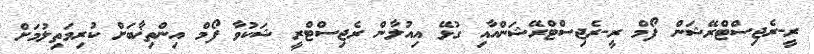
ރީ-ރެޖިސްޓްރޭޝަން ފޯމް ރީ-ރެޖިސްޓްރޭޝަންއާއި ގުޅޭ އިއުލާން ރެޖިސްޓްރީ ޝަކުވާ ފޯމް އިންތިޚާބަށް ކުރިމަތިލުމަށް